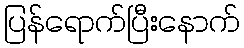
ပြန်ရောက်ပြီးနောက်